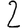
Digit: 2